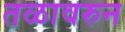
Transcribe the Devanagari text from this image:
तळावरुन